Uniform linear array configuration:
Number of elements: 32
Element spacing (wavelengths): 0.5
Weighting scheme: kaiser
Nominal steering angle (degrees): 30
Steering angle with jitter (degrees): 29.405
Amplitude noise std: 0.05
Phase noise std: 0.05

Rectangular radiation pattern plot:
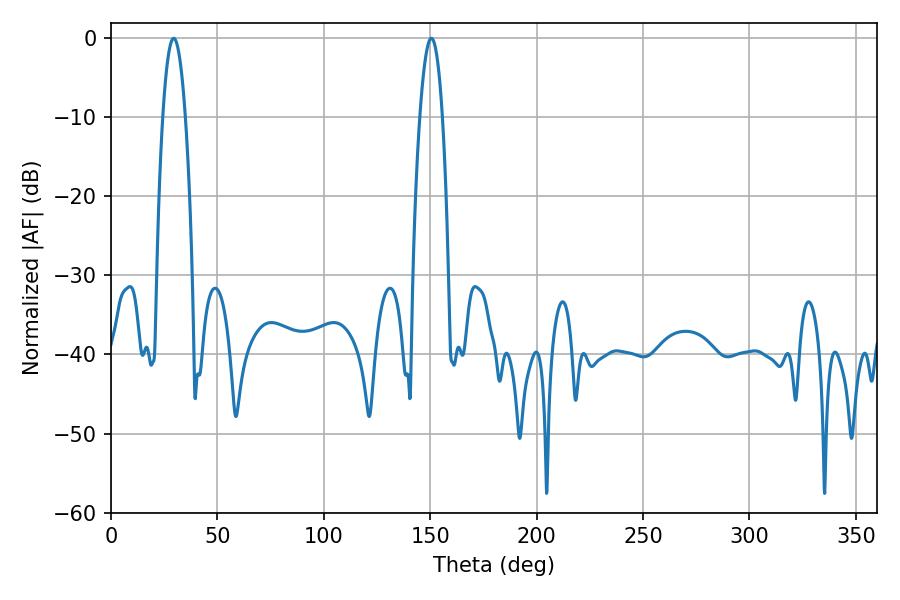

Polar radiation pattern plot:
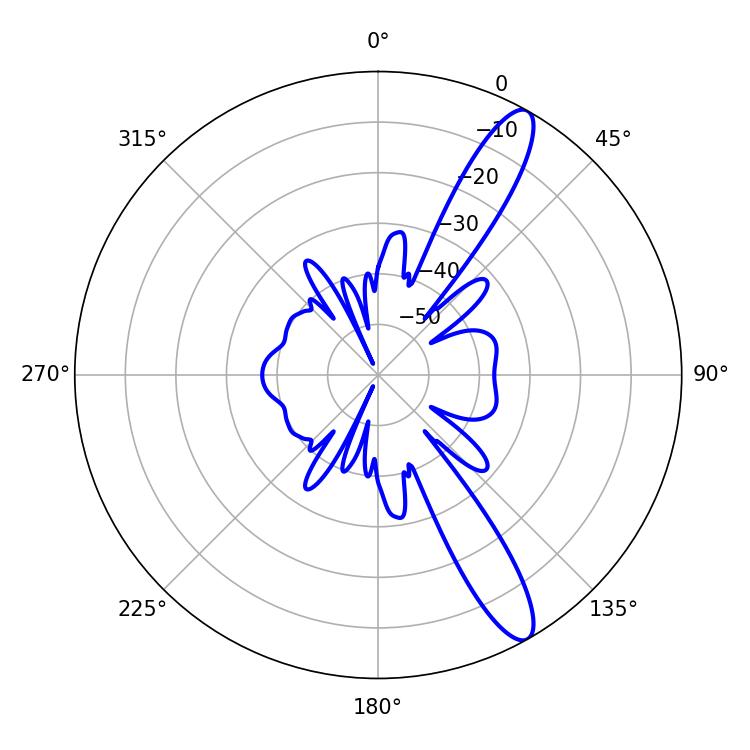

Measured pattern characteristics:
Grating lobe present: FALSE
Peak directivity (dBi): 12.65
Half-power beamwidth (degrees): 5.76
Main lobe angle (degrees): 29.52